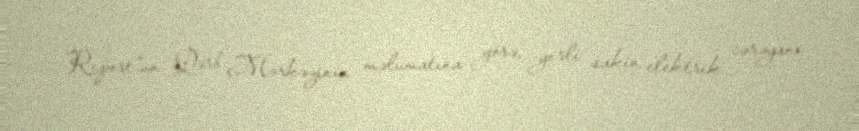
Report"un Qərb Mərkəzinin məlumatına görə, yerli sakin elektrik cərəyanı